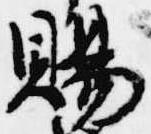
賜